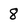
Character: 8